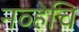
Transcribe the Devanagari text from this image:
नव्हेचि